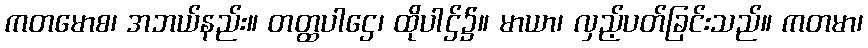
ကတမောစ၊ အဘယ်နည်း။ တတ္ထပါဌေ၊ ထိုပါဌ်၌။ မာယာ၊ လှည့်ပတ်ခြင်းသည်။ ကတမာ၊